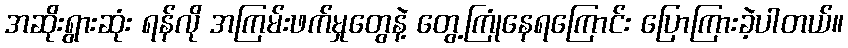
အဆိုးရွားဆုံး ရန်လို အကြမ်းဖက်မှုတွေနဲ့ တွေ့ကြုံနေရကြောင်း ပြောကြားခဲ့ပါတယ်။